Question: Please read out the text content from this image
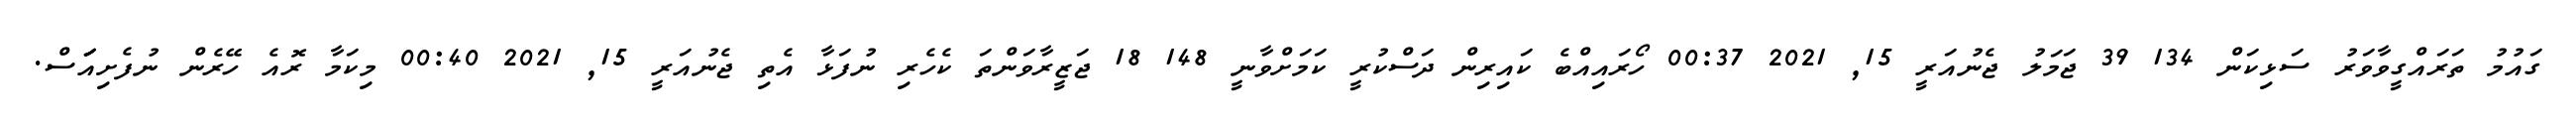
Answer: ގައުމު ތަރައްގީވާވަރު ސަޅިކަން 134 39 ޖަމަލު ޖެނުއަރީ 15, 2021 00:37 ހޯރައިއްބެ ކައިރިން ދަސްކުރީ ކަމަށްވާނީ 148 18 ޖަޒީރާވަންތަ ކެހެރި ނުފަޅާ އެތި ޖެނުއަރީ 15, 2021 00:40 މިކަމާ ރޮއެ ހޭރެން ނުފެށިއަަަސް.